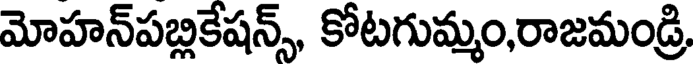
మోహన్పబ్లికేషన్స్, కోటగుమ్మం,రాజమండ్రి,